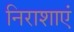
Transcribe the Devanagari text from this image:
निराशाएं